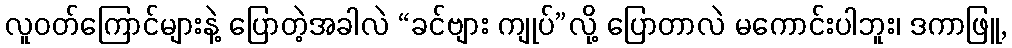
လူဝတ်ကြောင်များနဲ့ ပြောတဲ့အခါလဲ “ခင်ဗျား ကျုပ်”လို့ ပြောတာလဲ မကောင်းပါဘူး၊ ဒကာဖြူ,